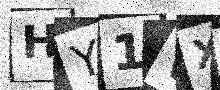
Text: HY1WXI